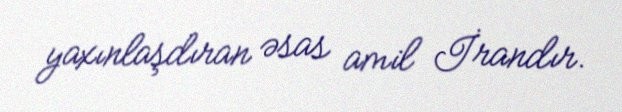
yaxınlaşdıran əsas amil İrandır.